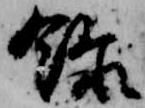
録